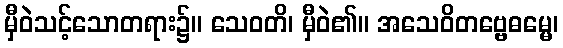
မှီဝဲသင့်သောတရား၌။ သေဝတိ၊ မှီဝဲ၏။ အသေဝိတဗ္ဗေဓမ္မေ၊